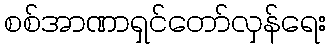
စစ်အာဏာရှင်တော်လှန်ရေး